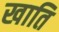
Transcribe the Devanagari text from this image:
खाति